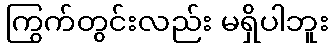
ကြွက်တွင်းလည်း မရှိပါဘူး